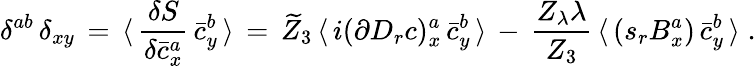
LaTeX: \delta^{ab}\, \delta_{xy}\, =\, \langle\, \frac{\delta S}{\delta\bar{c}_{x}^{a}}\, \bar{c}_{y}^{b}\, \rangle\, =\, \widetilde Z_{3}\, \langle\, i(\partial D_{r}c)_{x}^{a}\, \bar{c}_{y}^{b}\, \rangle\, -\, \frac{Z_{\lambda}\lambda}{Z_{3}}\, \langle\, (s_{r}B_{x}^{a})\, \bar{c}_{y}^{b}\, \rangle\; .